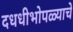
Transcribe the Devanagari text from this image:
दधधीभोपळ्याचे